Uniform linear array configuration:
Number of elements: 48
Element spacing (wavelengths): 1
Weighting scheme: cosine
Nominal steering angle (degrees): -15
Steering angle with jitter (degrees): -15.682
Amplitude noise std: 0.05
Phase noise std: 0.05

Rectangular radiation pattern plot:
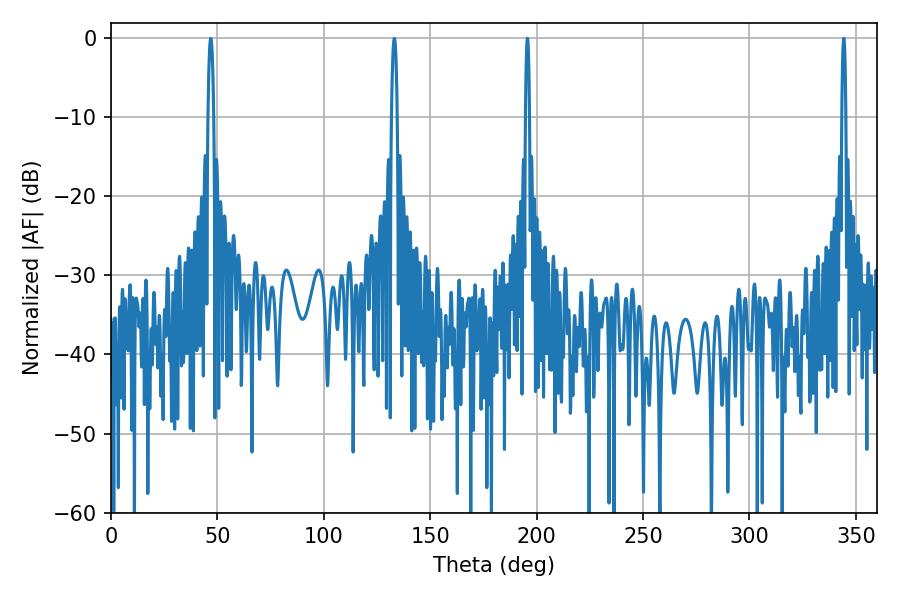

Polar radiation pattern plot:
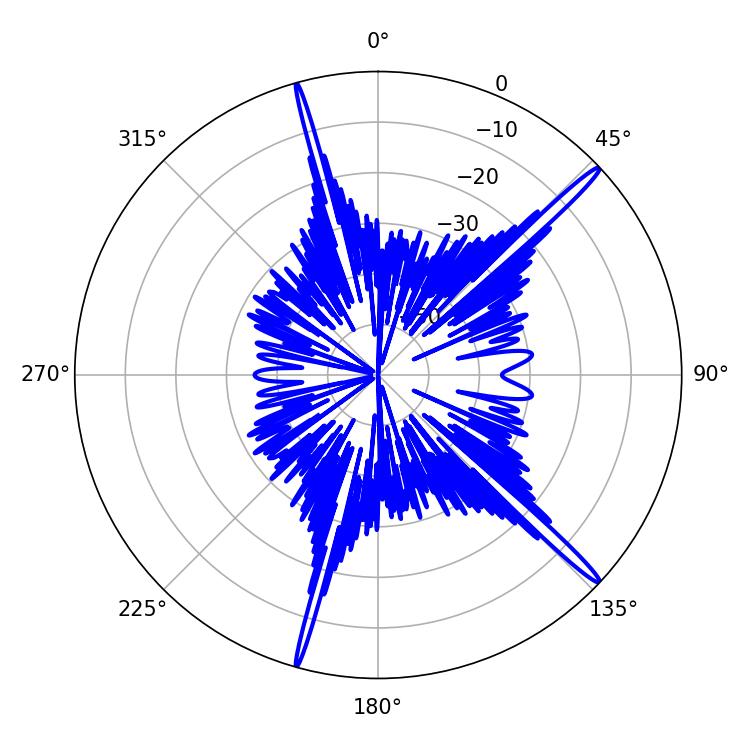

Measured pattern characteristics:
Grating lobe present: TRUE
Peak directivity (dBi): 17.802
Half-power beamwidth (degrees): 1.08
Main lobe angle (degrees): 195.66